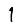
Digit: 1